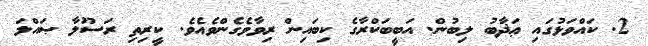
2. ކައްވަޅުގައި ޢަޛާބު ލިބުން. އަބީބަކްރާގެ ކިބައިން ރިވާވެގެންވެއެވެ. ކީރިތި ރަސޫލާ ޞައްލަ